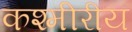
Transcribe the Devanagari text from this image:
कश्मीरीय